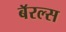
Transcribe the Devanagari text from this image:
बॅरल्स